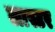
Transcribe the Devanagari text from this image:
लास्टर